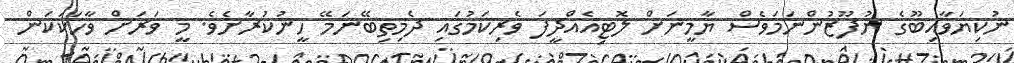
ނުކިޔަވާއިބޫގެ ނުފޫޒުންނަމަވެސް ޔާމީނަށް ލޮޓިއެއްދީފަ ވެރިކަމުގައި ދެމިތިބޭނަމޭ ހީނުކުރާށެވެ. މީ ވަރަށް ވާހަކަކަން